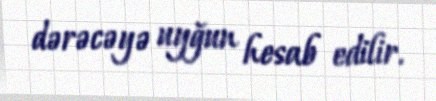
dərəcəyə uyğun hesab edilir.